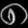
Digit: ၈